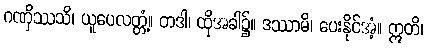
ဂဏှိဿသိ၊ ယူပေလတ္တံ့။ တဒါ၊ ထိုအခါ၌။ ဒဿာမိ၊ ပေးနိုင်အံ့။ ဣတိ၊